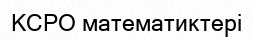
КСРО математиктері